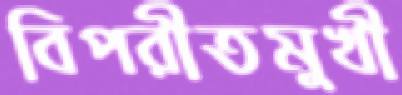
বিপরীতমুখী